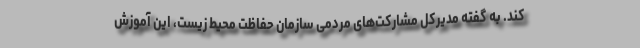
کند. به گفته مدیرکل مشارکت‌های مردمی سازمان حفاظت محیط زیست، این آموزش